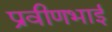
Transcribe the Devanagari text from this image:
प्रवीणभाई